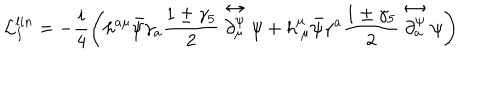
LaTeX: \mathcal { L } _ { I } ^ { l i n } = - \frac { i } { 4 } \left( h ^ { a \mu } \bar { \psi } \gamma _ { a } \frac { 1 \pm \gamma _ { 5 } } { 2 } \stackrel { \leftrightarrow } { \partial _ { \mu } ^ { \psi } } \psi + h _ { \ \mu } ^ { \mu } \bar { \psi } \gamma ^ { a } \frac { 1 \pm \gamma _ { 5 } } { 2 } \stackrel { \leftrightarrow } { \partial _ { a } ^ { \psi } } \psi \right)